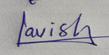
Signature authenticity: genuine